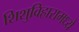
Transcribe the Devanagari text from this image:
शिशुविहारामध्ये